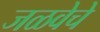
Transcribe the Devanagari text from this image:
जळवेचे